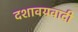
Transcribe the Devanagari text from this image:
दशावयवादी